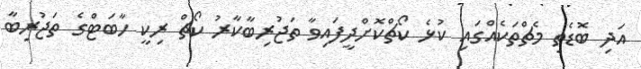
އަދި ބޮޑެތި މެޗްތަކެއްގައި ކުޅެ ކޯޗްކޮށްދީފައިވާ ތަޖުރިބާކާރު ކޯޗް ރިކީ ހާބަޓްގެ ތަޖުރިބާ